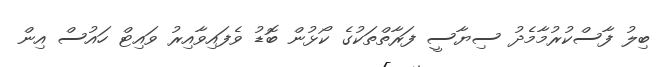
ބިލު ފާސްކުރުމާމެދު ސިޔާސީ ފަރާތްތަކުގެ ކޯޅުން ބޮޑު ވެފައިވާއިރު ވައިޓް ހައުސް އިން